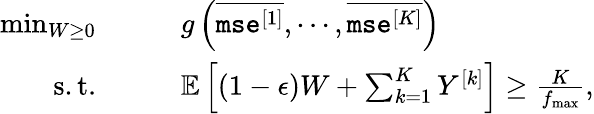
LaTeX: \begin{array}{rl}{\operatorname*{min}_{W\geq 0}}&{\qquad g\left(\overline{{\texttt{mse}^{[1]}}},\cdots,\overline{{\texttt{mse}^{[K]}}}\right)}\\ {\mathrm{s.t.}}&{\qquad{\mathbb{E}}\left[(1-\epsilon)W+\sum_{k=1}^{K}Y^{[k]}\right]\geq\frac{K}{f_{\operatorname*{max}}},}\end{array}